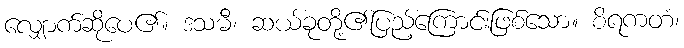
လျှောက်ဆိုပေ၏။ ဒသမီ၊ ဆယ်ခုတို့၏ပြည့်ကြောင်းဖြစ်သော။ စိရကတံ၊